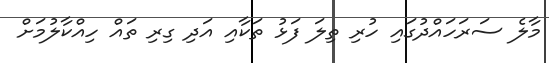
މާލެ ސަރަހައްދުގައި ހުރި ތިލަ ފަޅު ތަކާއި އަދި ގިރި ތައް ހިއްކާލުމަށް